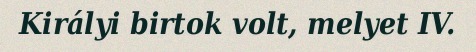
Királyi birtok volt, melyet IV.